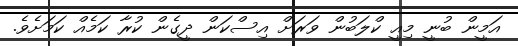
އަމީން ބުނީ މިއީ ކްލަބުން ވަރަށް އިސްކަން ދީގެން ކުރާ ކަމެއް ކަމަށެވެ.